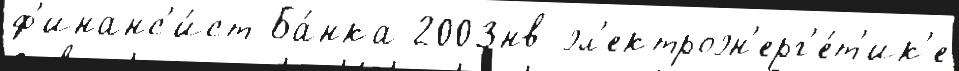
ф'инанс'и́ст Ба́нка 2003нв эл'ектроэн'ерг'е́т'ик'е